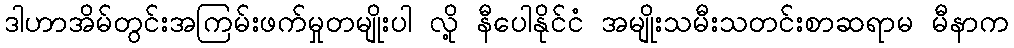
ဒါဟာအိမ်တွင်းအကြမ်းဖက်မှုတမျိုးပါ လို့ နီပေါနိုင်ငံ အမျိုးသမီးသတင်းစာဆရာမ မီနာက